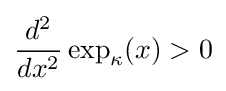
{\frac {d^{2}}{dx^{2}}}\exp _{\kappa }(x)>0